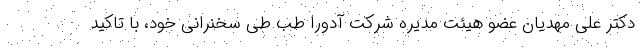
دکتر علی مهدیان عضو هیئت مدیره شرکت آدورا طب طی سخنرانی خود، با تاکید